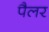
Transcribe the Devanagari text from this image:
पैलर